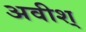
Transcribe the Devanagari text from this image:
अवीश्